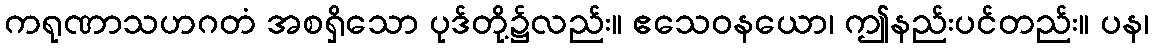
ကရုဏာသဟဂတံ အစရှိသော ပုဒ်တို့၌လည်း။ ဧသေဝနယော၊ ဤနည်းပင်တည်း။ ပန၊